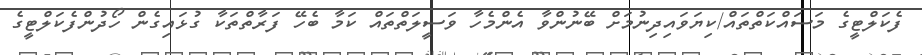
ފެކަލްޓީގެ މަސައްކަތްތައް/ކިޔަވައިދިނުމަށް ބޭނުންވާ އެންމެހާ ވަސީލަތްތައް ކަމާ ބެހޭ ފަރާތްތަކާ ގުޅައިގެން ހޯދުންފެކަލްޓީގެ